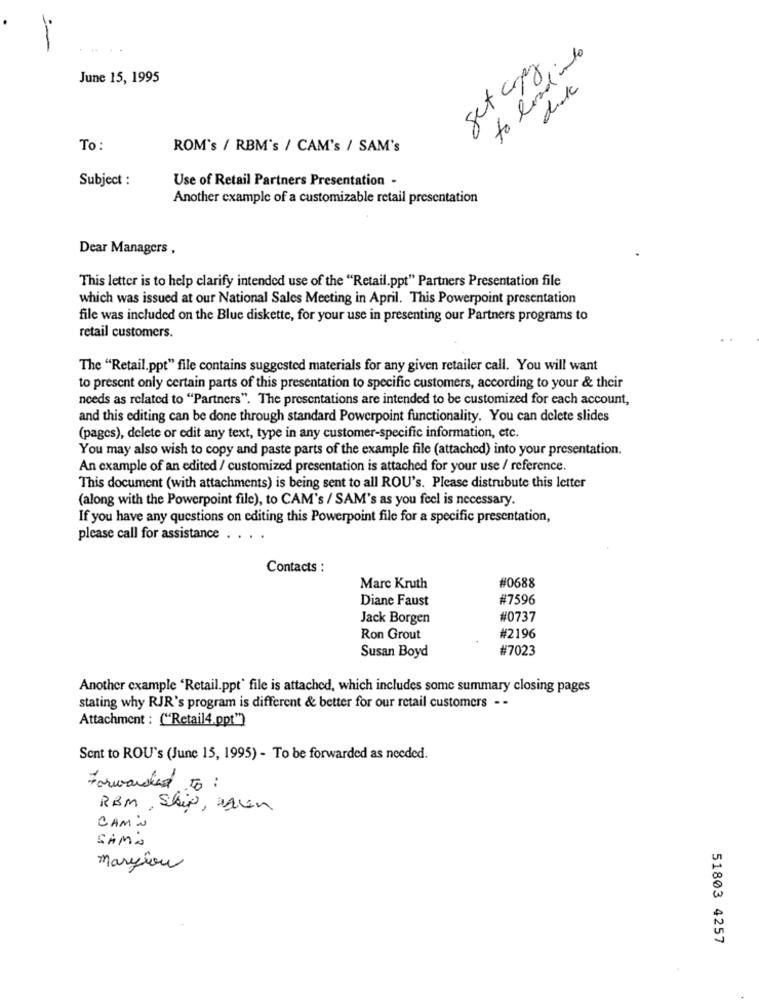
to load into
get cpg.
June 15, 1995
dik
To:
ROM's / RBM's / CAM's / SAM's
Subject :
Use of Retail Partners Presentation -
Another example of a customizable retail presentation
Dear Managers ,
This letter is to help clarify intended use of the "Retail.ppt" Partners Presentation file
which was issued at our National Sales Meeting in April. This Powerpoint presentation
file was included on the Blue diskette, for your use in presenting our Partners programs to
retail customers.
The "Retail.ppt" file contains suggested materials for any given retailer call. You will want
to present only certain parts of this presentation to specific customers, according to your & their
needs as related to "Partners". The presentations are intended to be customized for each account,
and this editing can be done through standard Powerpoint functionality. You can delete slides
(pages), delete or edit any text, type in any customer-specific information, etc.
You may also wish to copy and paste parts of the example file (attached) into your presentation.
An example of an edited / customized presentation is attached for your use / reference.
This document (with attachments) is being sent to all ROU's. Please distrubute this letter
(along with the Powerpoint file), to CAM's / SAM's as you feel is necessary.
If you have any questions on editing this Powerpoint file for a specific presentation,
please call for assistance
Contacts :
#0688
Marc Kruth
Diane Faust
#7596
Jack Borgen
#0737
#2196
Ron Grout
Susan Boyd
#7023
Another example 'Retail.ppt' file is attached, which includes some summary closing pages
stating why RJR's program is different & better for our retail customers - -
Attachment : ("Retail4.ppt")
Sent to ROU's (June 15, 1995) - To be forwarded as needed.
Forwarded to :
RBM, Ship, Men
CAMi
SAMA
maryiou
51803 4257